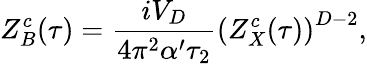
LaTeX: Z_{B}^{c}(\tau)={\frac{iV_{D}}{4\pi^{2}\alpha^{\prime}\tau_{2}}}\left(Z_{X}^{c}(\tau)\right)^{D-2},